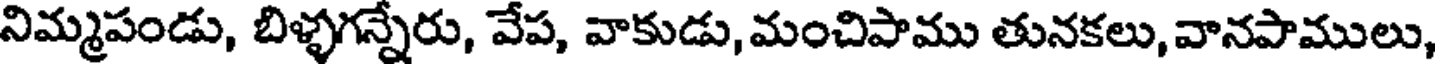
నిమ్మపండు, బిళ్ళగన్నేరు, వేప, వాకుడు, మంచిపాము తునకలు, వానపాములు,